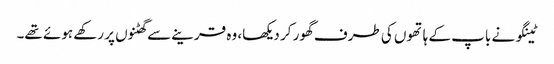
ٹینگو نے باپ کے ہاتھوں کی طرف گھور کر دیکھا، وہ قرینے سے گھٹنوں پر رکھے ہوئے تھے۔